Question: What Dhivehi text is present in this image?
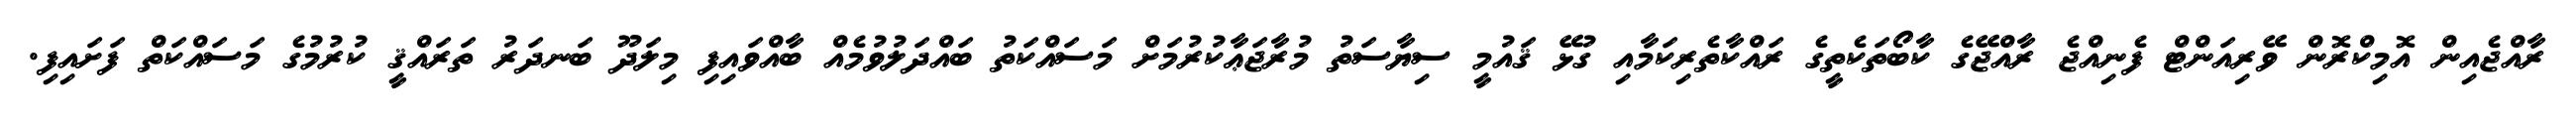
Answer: ރާއްޖެއިން އޮމިކްރޮން ވޭރިއަންޓް ފެނިއްޖެ ރާއްޖޭގެ ކާބޯތަކެތީގެ ރައްކާތެރިކަމާއި ގުޅޭ ޤައުމީ ސިޔާސަތު މުރާޖަޢާކުރުމަށް މަސައްކަތު ބައްދަލުވުމެއް ބާއްވައިފި މިލަދޫ ބަނދަރު ތަރައްޤީ ކުރުމުގެ މަސައްކަތް ފަށައިފި.